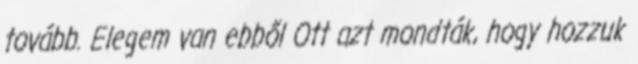
tovább. Elegem van ebből Ott azt mondták, hogy hozzuk